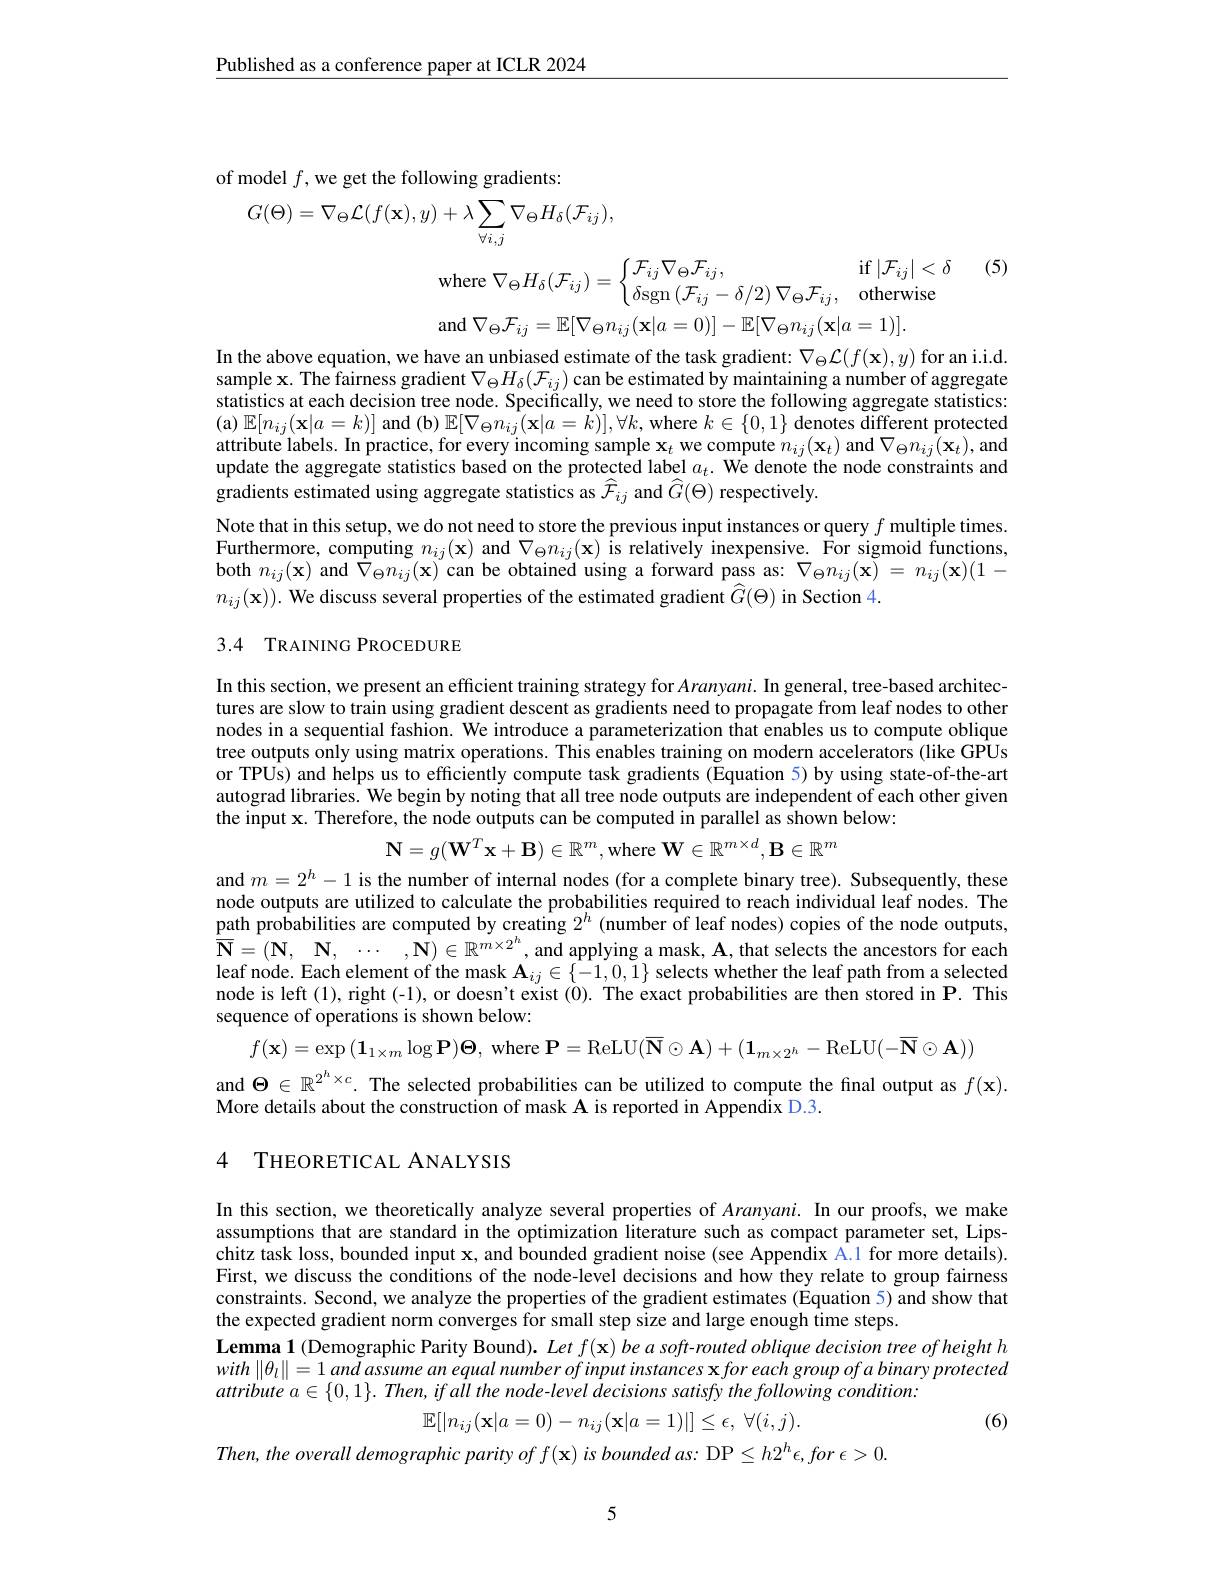
$\underline{\text{Published as a conference paper at ICLR 2024}}$

of model $f$,we get the following gradients:

$G( \Theta ) = \nabla _{\Theta }\mathcal{L} ( f( \mathbf{x} ) , y) + \lambda \sum _{\forall i\:i}\nabla _{\Theta }H_{\delta }( \mathcal{F} _{ij}) $,

$w$here$\nabla_\Theta H_{\delta}(\mathcal{F}_{ij})=\begin{cases}\mathcal{F}_{ij}\nabla_{\Theta}\mathcal{F}_{ij},&\mathrm{if~}|\mathcal{F}_{ij}|<\delta\\\delta\mathrm{sgn~}(\mathcal{F}_{ij}-\delta/2)\:\nabla_{\Theta}\mathcal{F}_{ij},&\mathrm{otherwise}\end{cases}$

and$\nabla_\Theta\mathcal{F}_{ij}=\mathbb{E}[\nabla_\Theta n_{ij}(\mathbf{x}|a=0)]-\mathbb{E}[\nabla_\Theta n_{ij}(\mathbf{x}|a=1)].$

In the above equation, we have an unbiased estimate of the task gradient: $\nabla_\Theta\mathcal{L}(f(\mathbf{x}),y)$ for an i.i.d sample x. The fairness gradient $\nabla_\Theta H_\delta(\mathcal{F}_{ij})$ can be estimated by maintaining a number of aggregate statistics at each decision tree node. Specifically, we need to store the following aggregate statistics: (a) $\mathbb{E}[n_{ij}(\mathbf{x}|a=k)]$ and $(\mathbf{b})\mathbb{E}[\nabla_\Theta n_{ij}(\mathbf{x}|a=\dot{k})],\forall k$,where $k\in\{0,1\}$ denotes different protected attribute labels. In practice, for every incoming sample $\mathbf{x}_t$ we compute $n_ij(\mathbf{x}_t)$ and $\nabla_\Theta n_{ij}(\mathbf{x}_t)$, and update the aggregate statistics based on the protected label $a_t.$ We denote the node constraints and gradients estimated using aggregate statistics as $\widehat{\mathcal{F}}_{ij}$ and $\widehat{G}(\Theta)$ respectively.
Note that in this setup, we do not need to store the previous input instances or query $f$ multiple times. Furthermore, computing $n_{ij}( \mathbf{x} )$ and $\nabla _\Theta n_{ij}( \mathbf{x} )$ is relatively inexpensive. For sigmoid functions, Furthermore, computing $n_{ij}( \mathbf{x} )$ and $\nabla _\Theta n_{ij}( \mathbf{x} )$ is relatively inexpensive. For sigmid functions, both $n_{ij}(\mathbf{x})$ and $\nabla_\Theta n_{ij}(\mathbf{x})$ can be obtained using a forward pass as: $\nabla_\Theta n_{ij}(\mathbf{x})=n_{ij}(\mathbf{x})(1-$ $n_{ij}(\mathbf{x})).$ We discuss several properties of the estimated gradient $\widehat G(\Theta)$ in Section 4.
3.4 TRAINING PROCEDURE

In this section, we present an efficient training strategy for $Aranyani.$ In general, tree-based architectures are slow to train using gradient descent as gradients need to propagate from leaf nodes to other nodes in a sequential fashion. We introduce a parameterization that enables us to compute oblique tree outputs only using matrix operations. This enables training on modern accelerators (like GPUs or TPUs) and helps us to efficiently compute task gradients ($\tilde{\text{Equation 5}})$ by using state-of-the-art autograd libraries. We begin by noting that all tree node outputs are independent of each other given the input x. Therefore, the node outputs can be computed in parallel as shown below:

$\mathbf{N}=g(\mathbf{W}^T\mathbf{x}+\mathbf{B})\in\mathbb{R}^m$,where $\mathbf{W}\in\mathbb{R}^m\times d,\mathbf{B}\in\mathbb{R}^m$

and $m=2^h-1$ is the number of internal nodes (for a complete binary tree). Subsequently, these node outputs are utilized to calculate the probabilities required to reach individual leaf nodes. The $\underline{\text{path probabilities are computed by creating }2^h}$ (number of leaf nodes) copies of the node outputs, $\overline {\mathbf{N} }= ( \mathbf{N} $, $\mathbf{N} $, $\cdots$ $, \mathbf{N} ) \in \mathbb{R} ^{m\times 2^h}$, and applying a mask, A, that selects the ancestors for each lanf noda Ecob ollamant of thamols $\mathbf{A} \in [ 1, 0]$ alot ub th tholof ath th tholof ath from ad th th th th th th th th th th th th th th th th th th th leaf node. Each element of the mask $\mathbf{A}_{ij}\in\{-1,0,\tilde{1}\}$ selects whether the leaf path from a selected node is left(1), right(-1), or doesn't exist(0). The exact probabilities are then stored in $\mathbf{P}.$ This sequence of operations is shown below:

$f(\mathbf{x})=\exp\left(\mathbf{1}_{1\times m}\log\mathbf{P}\right)\boldsymbol{\Theta}$, where $\mathbf{P}=$ReLU$(\mathbf{\overline{\mathbf{N}}}\odot\mathbf{A})+(\mathbf{1}_{m\times2^{h}}-$ReLU$(-\mathbf{\overline{\mathbf{N}}}\odot\mathbf{A}))$

and $\Theta\in\mathbb{R}^{2^h\times c}.$ The selected probabilities can be utilized to compute the final output as $f(\mathbf{x}).$
More details about the construction of mask A is reported in Appendix D.3.

### 4 THEORETICAL ANALYSIS

In this section, we theoretically analyze several properties of $Aranyani.$ In our proofs, we make assumptions that are standard in the optimization literature such as compact parameter set, Lipschitz task loss, bounded input x, and bounded gradient noise (see Appendix A.1 for more details). First, we discuss the conditions of the node-level decisions and how they relate to group fairness constraints. Second, we analyze the properties of the gradient estimates (Equation 5) and show that the expected gradient norm converges for small step size and large enough time steps.
Lemma 1 (Demographic Parity Bound). $Letf(\mathbf{x})$ be a soft-routed oblique decision tree of height h $with\left\|\theta_{l}\right\|=1$ and assume an equal number of input instances x for each group of a binary protected attribute $a\in \{ 0, 1\} .$ Then, if all the node-level decisions satisfy the following condition:
$$\mathbb{E}[|n_{ij}(\mathbf{x}|a=0)-n_{ij}(\mathbf{x}|a=1)|]\leq\epsilon,\:\forall(i,j).$$
(6)

Then, the overall demographic parity of $f(\mathbf{x})$ is bounded as: DP $\leq h2^h\epsilon,for\epsilon>0.$

5